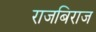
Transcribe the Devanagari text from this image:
राजबिराज